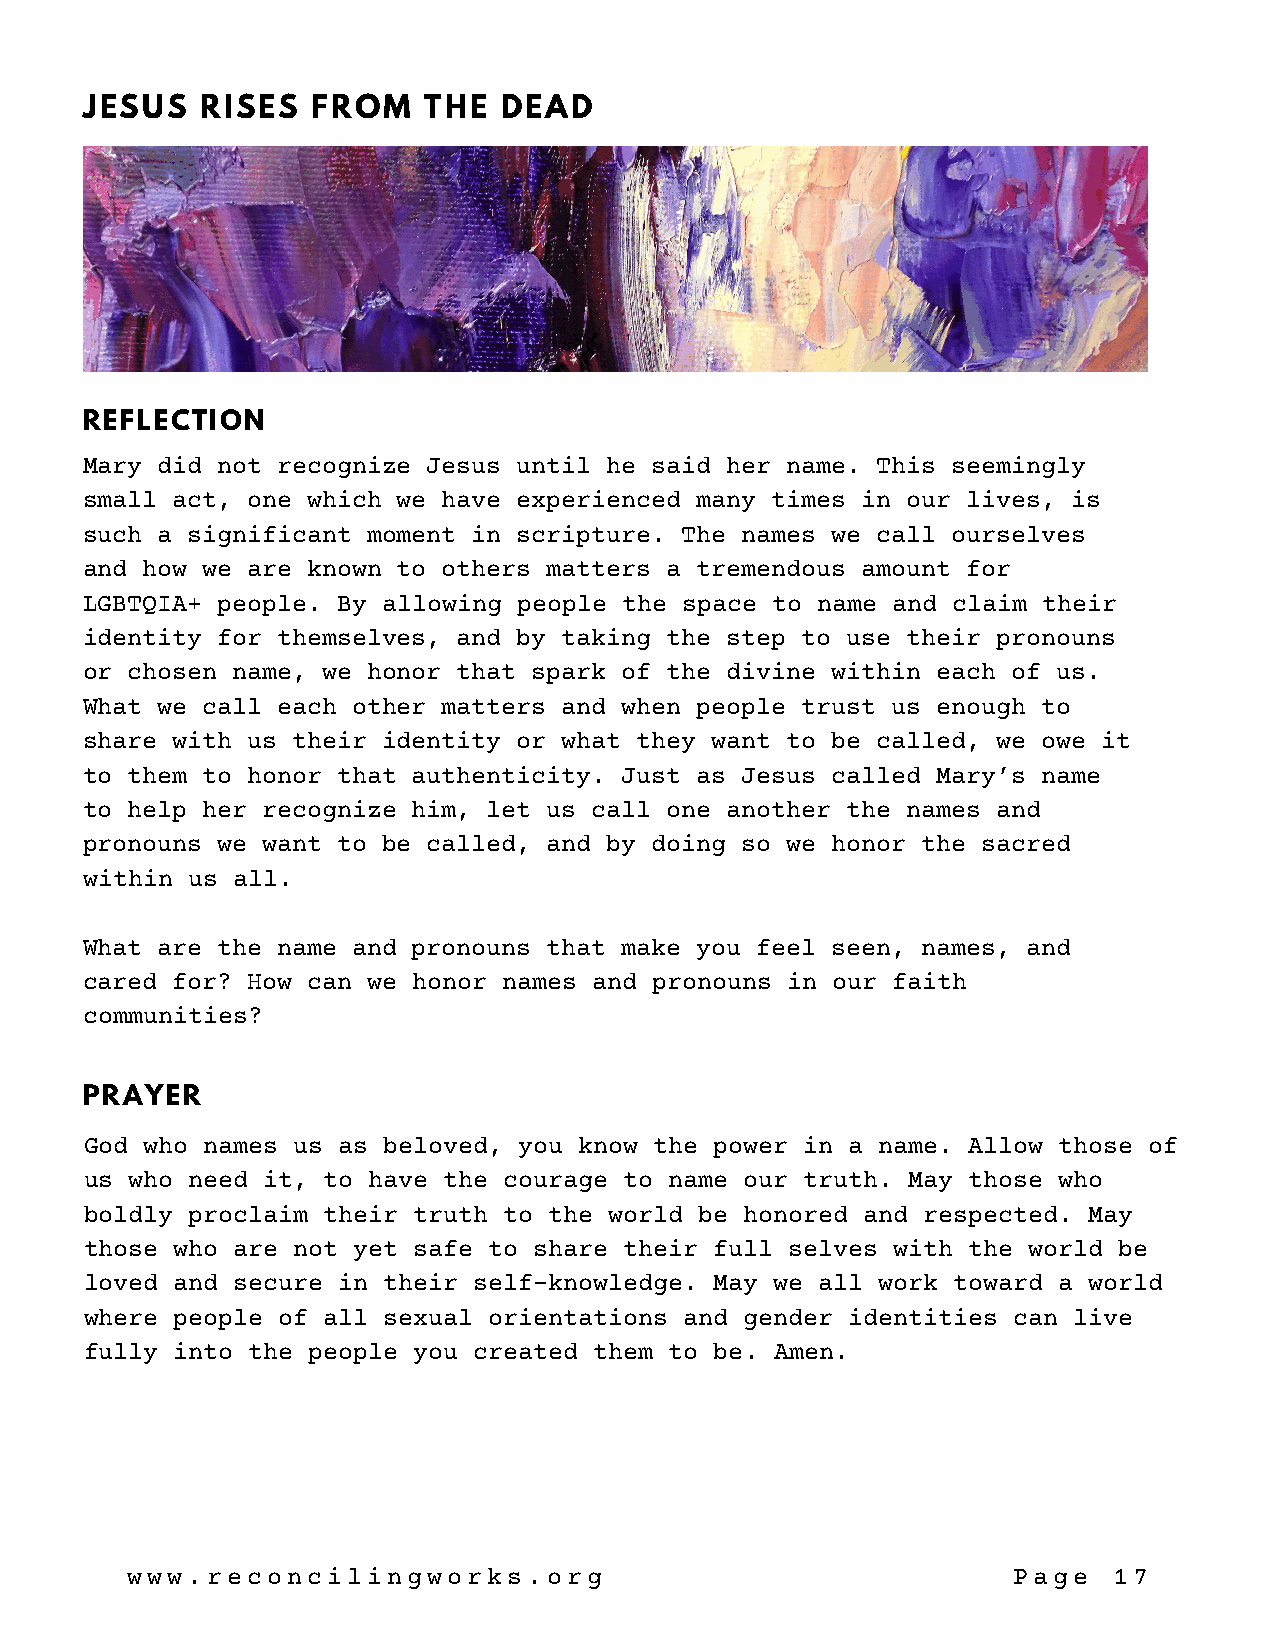
JESUS   RISES   FROM   THE  DEAD
 REFLECTION
 Mary did not recognize Jesus until he said her name. This seemingly
 small act, one which we have experienced many times in our lives, is
 such a significant moment in scripture. The names we call ourselves
 and how we are known to others matters a tremendous amount for
 LGBTQIA+ people. By allowing people the space to name and claim their
 identity for themselves, and by taking the step to use their pronouns
 or chosen name, we honor that spark of the divine within each of us.
 What we call each other matters and when people trust us enough to
 share with us their identity or what they want to be called, we owe it
 to them to honor that authenticity. Just as Jesus called Mary’s name
 to help her recognize him, let us call one another the names and
 pronouns we want to be called, and by doing so we honor the sacred
 within us all.
 What are the name and pronouns that make you feel seen, names, and
 cared for? How can we honor names and pronouns in our faith
 communities?
 PRAYER
 God who names us as beloved, you know the power in a name. Allow those of
 us who need it, to have the courage to name our truth. May those who
 boldly proclaim their truth to the world be honored and respected. May
 those who are not yet safe to share their full selves with the world be
 loved and secure in their self-knowledge. May we all work toward a world
 where people of all sexual orientations and gender identities can live
 fully into the people you created them to be. Amen.
 www.reconcilingworks.org                                   Page   17